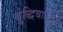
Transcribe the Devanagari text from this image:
बुद्धिवादिता